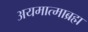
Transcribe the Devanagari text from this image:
अयमात्माब्रह्म